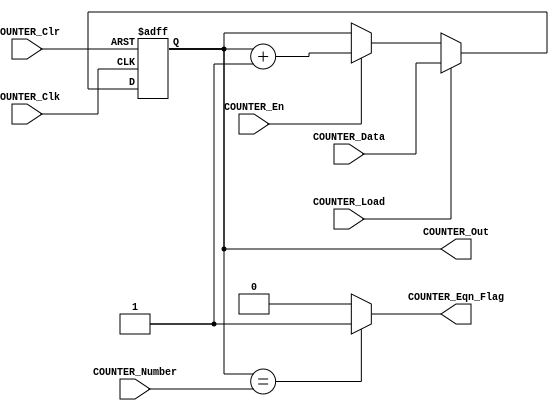
/*#########################################################################
//# Counter triggered by negative edge clk with load utility
//#########################################################################
//#
//# Copyright (C) 2021 Jose Maria Jaramillo Hoyos 
//# 
//# This program is free software: you can redistribute it and/or modify
//# it under the terms of the GNU General Public License as published by
//# the Free Software Foundation, either version 3 of the License, or
//# (at your option) any later version.
//#
//# This program is distributed in the hope that it will be useful,
//# but WITHOUT ANY WARRANTY; without even the implied warranty of
//# MERCHANTABILITY or FITNESS FOR A PARTICULAR PURPOSE.  See the
//# GNU General Public License for more details.
//#
//# You should have received a copy of the GNU General Public License
//# along with this program.  If not, see <https://www.gnu.org/licenses/>.
//#
//########################################################################*/

module COUNTER_LOAD_NEG #(parameter BITWIDTH=10)(

/////////// INPUTS //////////
COUNTER_Clk,
COUNTER_Clr,
COUNTER_En,
COUNTER_Load,
COUNTER_Data,
COUNTER_Number,
//////////// OUTPUTS //////////
COUNTER_Out,
COUNTER_Eqn_Flag

);

//=======================================================
//  PORT declarations
//=======================================================
input COUNTER_Clk;
input COUNTER_Clr;
input COUNTER_En;
input COUNTER_Load;
input [BITWIDTH-1:0] COUNTER_Data;
input [BITWIDTH-1:0] COUNTER_Number;
output [BITWIDTH-1:0] COUNTER_Out;
output COUNTER_Eqn_Flag;

//=======================================================
//  REG/WIRE DECLARATIONS
//=======================================================
reg [BITWIDTH-1:0] counter;

//============================================================
// SEQUENTIAL LOGIC
//============================================================

always@(negedge COUNTER_Clk or negedge COUNTER_Clr) // active low asynchronous reset 
begin
		if(!COUNTER_Clr)
			counter<=0;
			
		else if(COUNTER_Load)	
			counter<=COUNTER_Data;
		
		else if(COUNTER_En)
			counter<=counter +1'b1;
end


assign COUNTER_Out=counter;
assign COUNTER_Eqn_Flag = counter== COUNTER_Number ? 1'b1 : 1'b0;



endmodule